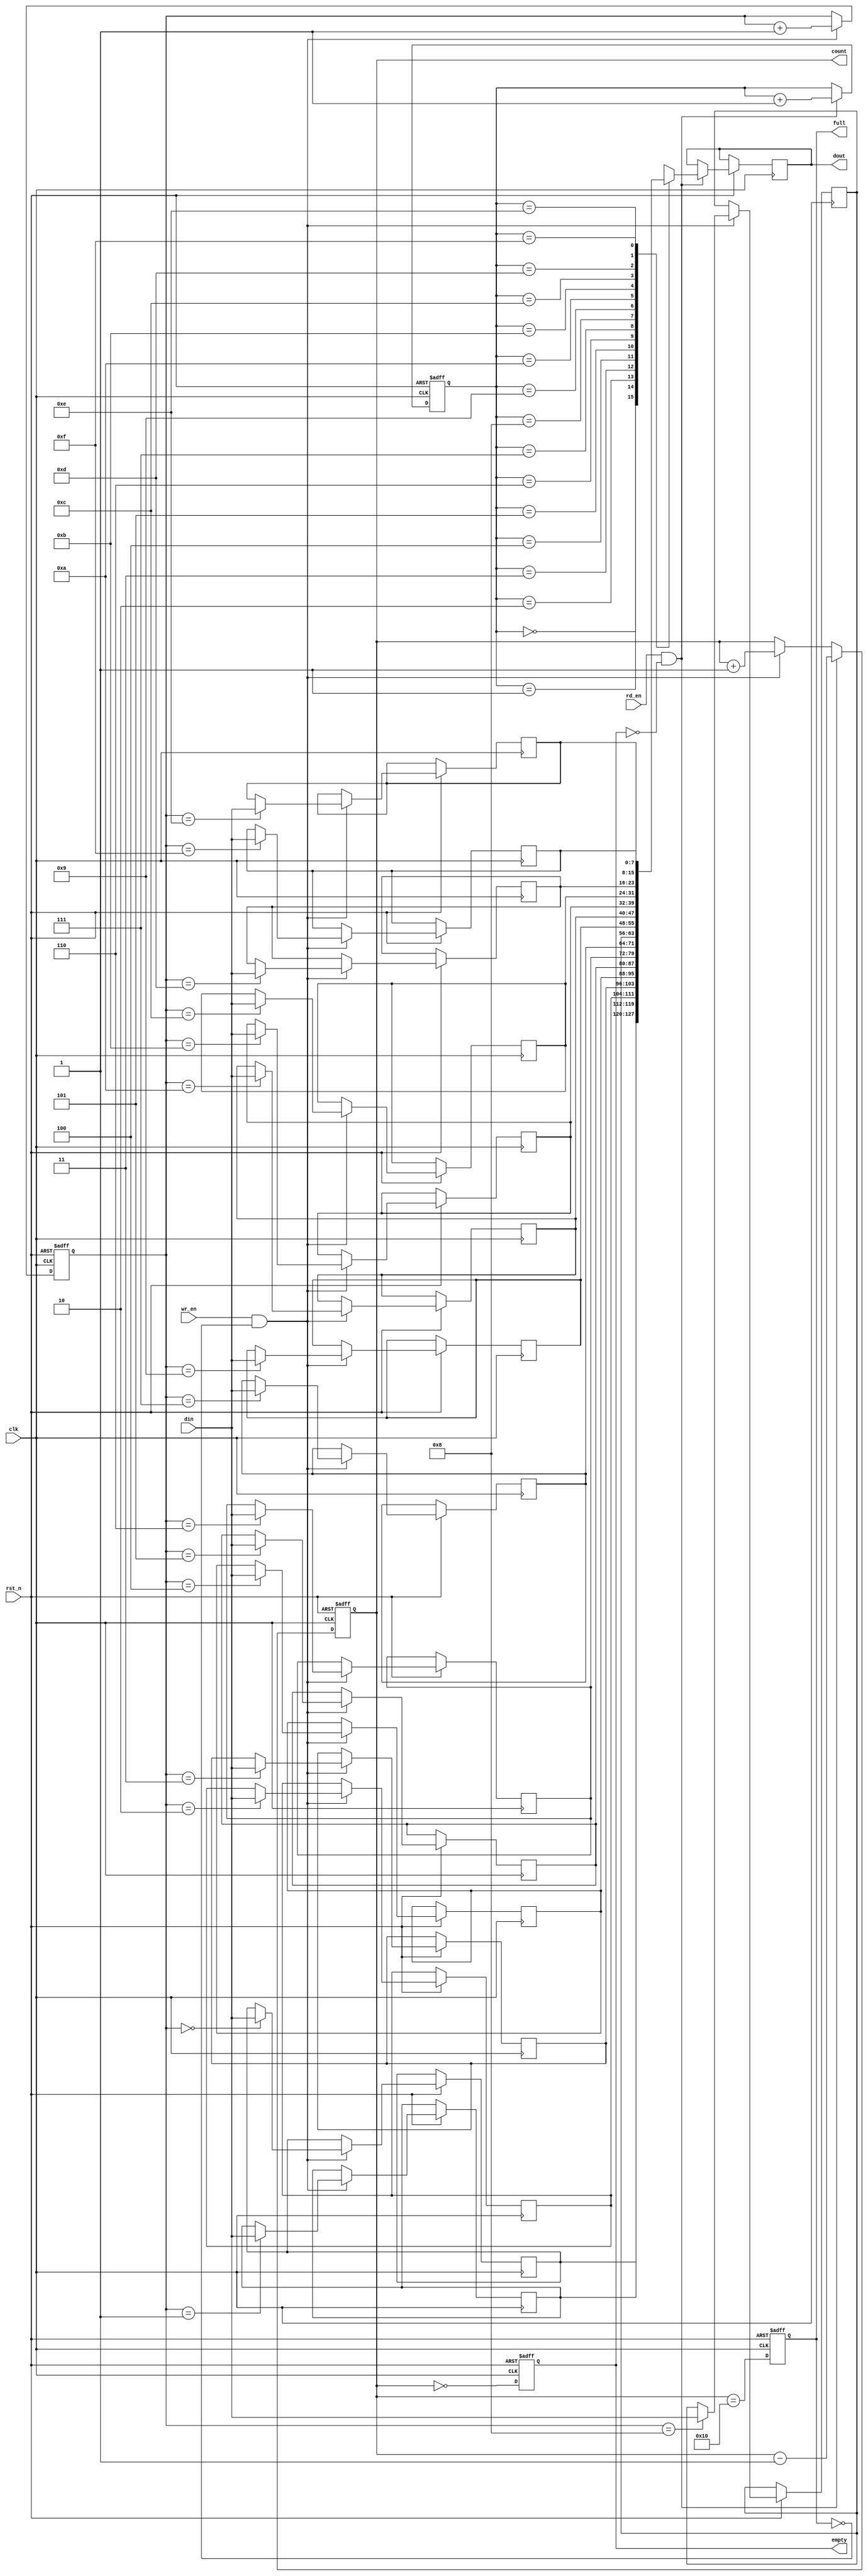
module parameterized_fifo #(
    parameter DATA_WIDTH = 8,    // Number of bits in each data entry
    parameter FIFO_DEPTH = 16     // Total number of entries FIFO can hold
)(
    input wire clk,               // Clock signal
    input wire rst_n,             // Asynchronous reset (active low)
    input wire wr_en,             // Write enable
    input wire rd_en,             // Read enable
    input wire [DATA_WIDTH-1:0] din, // Data input
    output reg [DATA_WIDTH-1:0] dout, // Data output
    output reg full,              // Full flag
    output reg empty,             // Empty flag
    output reg [$clog2(FIFO_DEPTH):0] count // Current number of entries
);

    // Memory array to hold data entries
    reg [DATA_WIDTH-1:0] fifo_mem [0:FIFO_DEPTH-1];
    reg [$clog2(FIFO_DEPTH)-1:0] wr_ptr; // Write pointer
    reg [$clog2(FIFO_DEPTH)-1:0] rd_ptr; // Read pointer

    // Initialize FIFO
    always @(posedge clk or negedge rst_n) begin
        if (!rst_n) begin
            wr_ptr <= 0;
            rd_ptr <= 0;
            count <= 0;
            full <= 0;
            empty <= 1;
        end else begin
            // Write operation
            if (wr_en && !full) begin
                fifo_mem[wr_ptr] <= din; // Store data in FIFO
                wr_ptr <= wr_ptr + 1; // Move write pointer
                count <= count + 1; // Increment count
            end
            
            // Read operation
            if (rd_en && !empty) begin
                dout <= fifo_mem[rd_ptr]; // Retrieve data from FIFO
                rd_ptr <= rd_ptr + 1; // Move read pointer
                count <= count - 1; // Decrement count
            end

            // Update full and empty flags
            full <= (count == FIFO_DEPTH);
            empty <= (count == 0);
        end
    end

endmodule